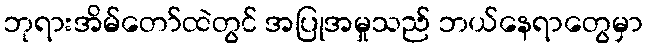
ဘုရားအိမ်တော်ထဲတွင် အပြုအမှုသည် ဘယ်နေရာတွေမှာ